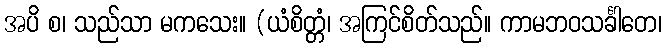
အပိ စ၊ သည်သာ မကသေး။ (ယံစိတ္တံ၊ အကြင်စိတ်သည်။ ကာမဘဝသင်္ခါတေ၊